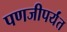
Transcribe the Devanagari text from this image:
पणजीपर्यंत